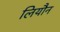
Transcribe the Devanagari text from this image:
लियौन